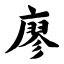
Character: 廖